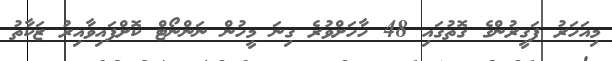
މިއަހަރު ފަގީރުންގެ ގޮތުގައި 48 ހާހަށްވުރެ ގިނަ މީހުން ނަންނޯޓް ކޮށްފައިވާއިރު ޒަކާތު